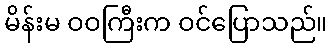
မိန်းမ ဝဝကြီးက ဝင်ပြောသည်။